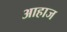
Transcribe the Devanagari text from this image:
आहाज